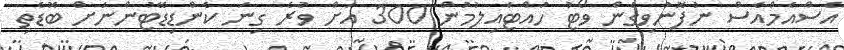
އެސްއެމްއެސް ނުފޮނުވިގެން ވޯޓު ހުއްޓައިލުމުން 300 އަށް ވުރެ ގިނަ ކެންޑިޑޭޓުންނަށް ބޮޑެތި